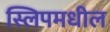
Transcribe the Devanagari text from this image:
स्लिपमधील